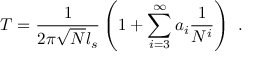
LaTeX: T = \frac { 1 } { 2 \pi \sqrt { N } l _ { s } } \left( 1 + \sum _ { i = 3 } ^ { \infty } a _ { i } \frac { 1 } { N ^ { i } } \right) \ .